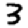
Digit: 3